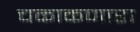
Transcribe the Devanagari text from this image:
चकाकणारा